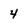
Character: 4